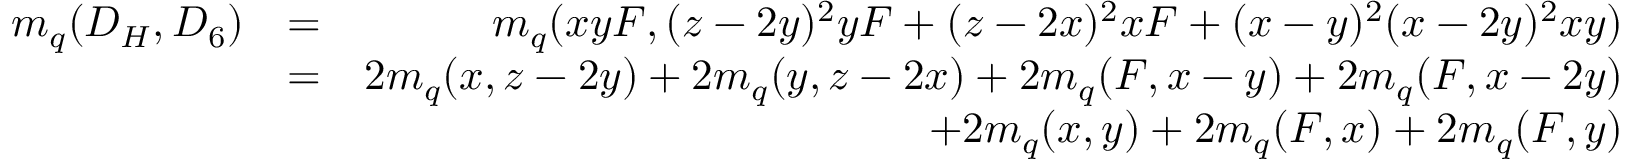
\begin{array} { r l r } { m _ { q } ( D _ { H } , D _ { 6 } ) } & { = } & { m _ { q } ( x y F , ( z - 2 y ) ^ { 2 } y F + ( z - 2 x ) ^ { 2 } x F + ( x - y ) ^ { 2 } ( x - 2 y ) ^ { 2 } x y ) } \\ & { = } & { 2 m _ { q } ( x , z - 2 y ) + 2 m _ { q } ( y , z - 2 x ) + 2 m _ { q } ( F , x - y ) + 2 m _ { q } ( F , x - 2 y ) } \\ & { } & { + 2 m _ { q } ( x , y ) + 2 m _ { q } ( F , x ) + 2 m _ { q } ( F , y ) } \end{array}